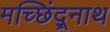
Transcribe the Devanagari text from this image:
मच्छिंद्र्नाथ